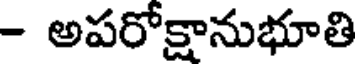
- అపరోక్షానుభూతి